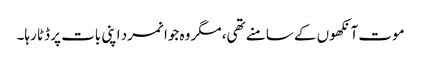
موت آنکھوں کے سامنے تھی، مگر وہ جوانمرد اپنی بات پر ڈٹا رہا۔